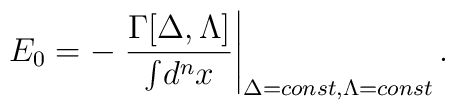
E_{0}=-\left.\frac{\Gamma[\Delta,\Lambda]}{\int\!d^{n}x}\right|_{\Delta=const,\Lambda=const}.